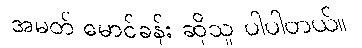
အမတ် မောင်ခန်း ဆိုသူ ပါပါတယ်။